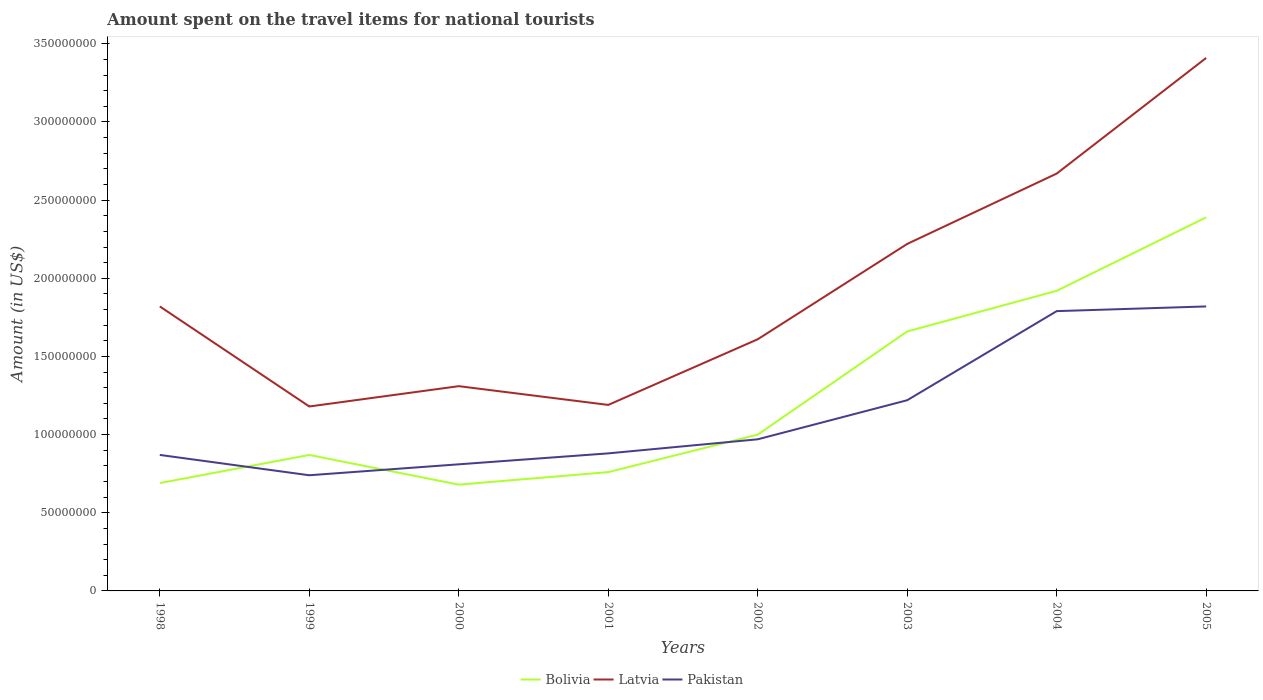
| Years | Bolivia | Latvia | Pakistan |
 | --- | --- | --- | --- |
 | 1998 | 6.9e+07 | 1.82e+08 | 8.7e+07 |
 | 1999 | 8.7e+07 | 1.18e+08 | 7.4e+07 |
 | 2000 | 6.8e+07 | 1.31e+08 | 8.1e+07 |
 | 2001 | 7.6e+07 | 1.19e+08 | 8.8e+07 |
 | 2002 | 1e+08 | 1.61e+08 | 9.7e+07 |
 | 2003 | 1.66e+08 | 2.22e+08 | 1.22e+08 |
 | 2004 | 1.92e+08 | 2.67e+08 | 1.79e+08 |
 | 2005 | 2.39e+08 | 3.41e+08 | 1.82e+08 |